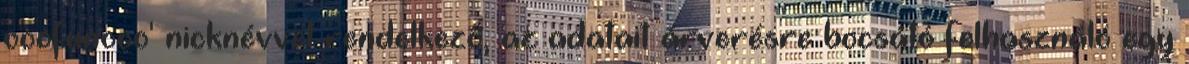
ooofunooo' nicknévvel rendelkező, az adatait árverésre bocsátó felhasználó egy